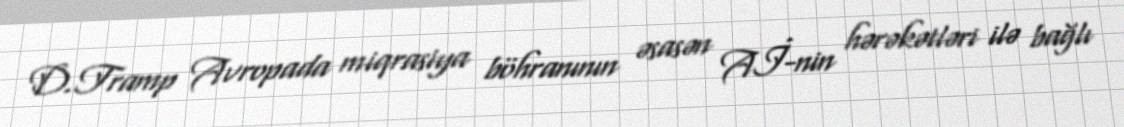
D.Tramp Avropada miqrasiya böhranının əsasən Aİ-nin hərəkətləri ilə bağlı